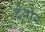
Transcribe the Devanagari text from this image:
ट्रेवोर